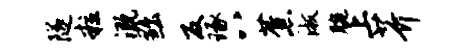
隧粒溉黜反琢八蕉淑腕上芥